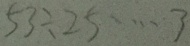
5 3 \div 2 5 \cdots 3